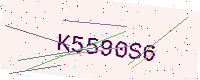
Text: K5590S6